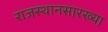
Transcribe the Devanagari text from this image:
राजस्थानसारख्या